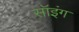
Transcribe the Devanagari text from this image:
सॉइंग